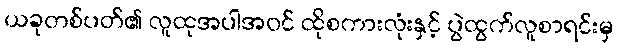
ယခုတစ်ပတ်၏ လူထုအပါအဝင် ထိုစကားလုံးနှင့် ပွဲထွက်လူစာရင်းမှ